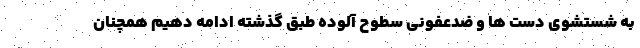
به شستشوی دست ها و ضدعفونی سطوح آلوده طبق گذشته ادامه دهیم همچنان